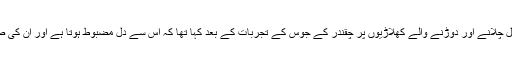
اس سے قبل ماہرین نے سائیکل چلانے اور دوڑنے والے کھلاڑیوں پر چقندر کے جوس کے تجربات کے بعد کہا تھا کہ اس سے دل مضبوط ہوتا ہے اور ان کی صلاحیت بتدریج بہتر ہوتی ہے۔